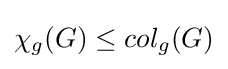
\chi _{g}(G)\leq col_{g}(G)